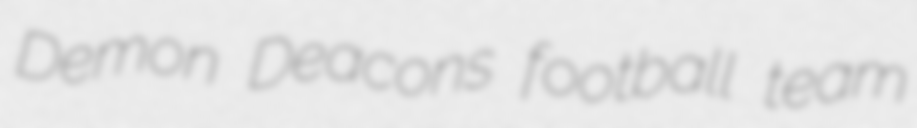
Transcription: Demon Deacons football team